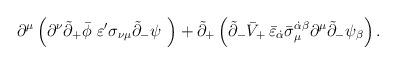
LaTeX: \begin{align*}\partial ^\mu \left( \partial ^\nu \tilde{\partial}_{+}\bar{\phi}\,\,\varepsilon ^{\prime }\sigma _{\nu \mu }\tilde{\partial}_{-}\psi\,\,\right) +\tilde{\partial}_{+}\left( \tilde{\partial}_{-}\bar{V}_{+}\,\bar{\varepsilon}_{\dot{\alpha}}\bar{\sigma}_\mu ^{\dot{\alpha}\beta}\partial ^\mu \tilde{\partial}_{-}\psi _\beta \right) .\end{align*}